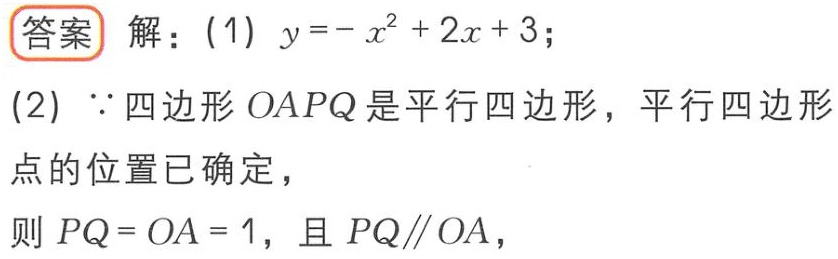
答案 解：(1) \(y = -x^{2}+2x + 3\)；
(2) \(\because\) 四边形 \(OAPQ\) 是平行四边形，平行四边形
点的位置已确定，
则 \(PQ = OA = 1\)，且 \(PQ\parallel OA\)，